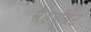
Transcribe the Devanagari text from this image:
सैंडपॉइंट